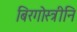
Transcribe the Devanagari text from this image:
बिरगोस्त्रीनि